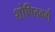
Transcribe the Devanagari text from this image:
शोषितवर्ग